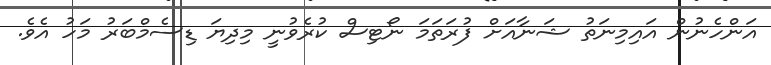
އަންހެނުން އައިމިނަތު ޝަނާއަށް ފުރަތަމަ ނޯޓިސް ކުރެވުނީ މިދިޔަ ޑިސެމްބަރު މަހު އެވެ.